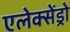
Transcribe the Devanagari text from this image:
एलेक्सेंड्रो